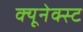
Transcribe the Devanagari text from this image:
क्यूनेक्स्ट